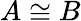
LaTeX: A\cong B